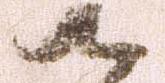
御